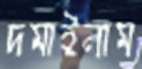
দমাইলাম